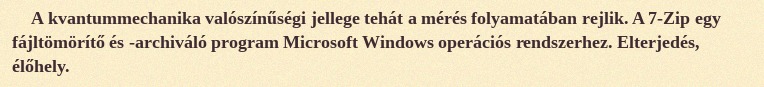
A kvantummechanika valószínűségi jellege tehát a mérés folyamatában rejlik. A 7-Zip egy fájltömörítő és -archiváló program Microsoft Windows operációs rendszerhez. Elterjedés, élőhely.